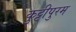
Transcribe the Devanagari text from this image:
कुट्टीपुरम